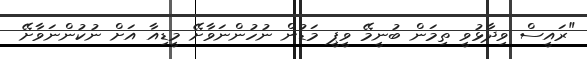
"ރައީސް ވިދާޅުވީ ތިމަން ބުނީމޭ ވީޕީ މަޑުން ނުހުންނަވާށޭ މީޑިއާ އަށް ނުކުންނަވާށޭ